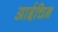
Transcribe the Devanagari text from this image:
आईचिन